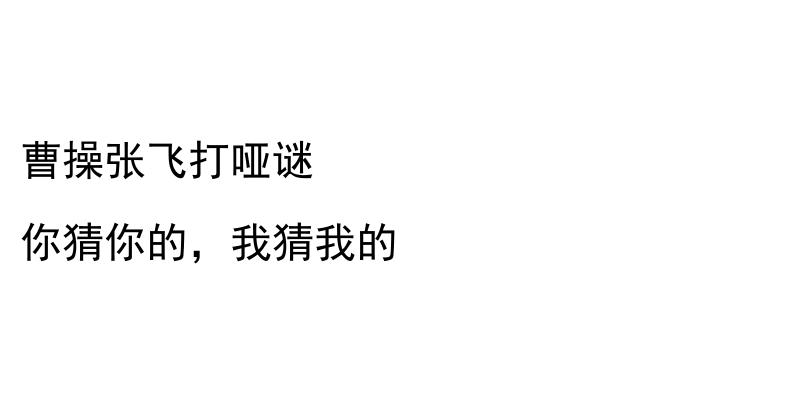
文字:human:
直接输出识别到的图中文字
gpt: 曹操张飞打哑谜 你猜你的，我猜我的